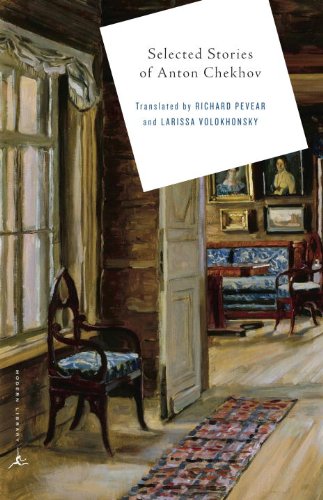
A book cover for Stories of Anton Chekhov; Anton Chekhov; Literature & Fiction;